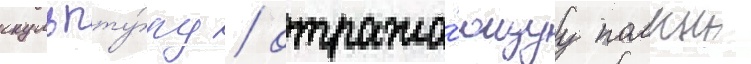
скульпту́ру / отража́ющуу полныи